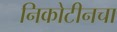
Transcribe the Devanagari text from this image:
निकोटीनचा